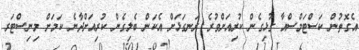
އެގޮތުން ކަސްޓަމްސްއާ ގުޅިގެން ކުރިއަށްވުރެ ރަނގަޅަށް އެކަން ބެލިގެން ކުރިއަށްދާނެ ކަމަށް މިނިސްޓަރ